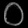
Digit: ၀